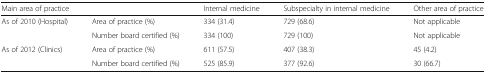
| <COLSPAN=2> Main area of practice | Internal medicine | Subspecialty in internal medicine | Other area of practice |
 | --- | --- | --- | --- | --- |
 | <ROWSPAN=2> As of 2010 (Hospital) | Area of practice (%) | 334 (31.4) | 729 (68.6) | Not applicable |
 | Number board certified (%) | 334 (100) | 729 (100) | Not applicable |
 | <ROWSPAN=2> As of 2012 (Clinics) | Area of practice (%) | 611 (57.5) | 407 (38.3) | 45 (4.2) |
 | Number board certified (%) | 525 (85.9) | 377 (92.6) | 30 (66.7) |